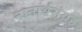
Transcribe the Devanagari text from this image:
नानार्थसंग्रह